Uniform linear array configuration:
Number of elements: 8
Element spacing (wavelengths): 1
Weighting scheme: uniform
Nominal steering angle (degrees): -30
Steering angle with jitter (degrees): -31.783
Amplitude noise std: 0.05
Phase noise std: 0.05

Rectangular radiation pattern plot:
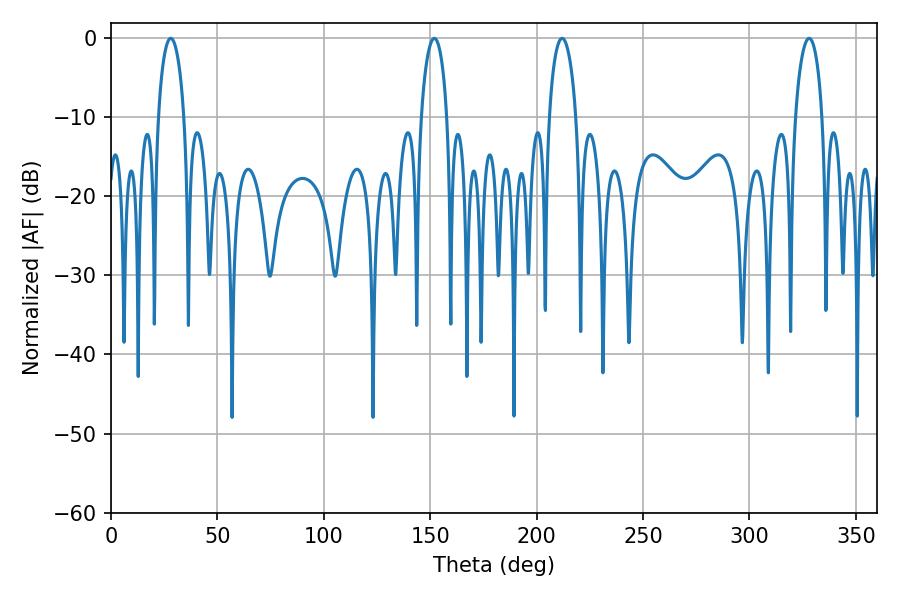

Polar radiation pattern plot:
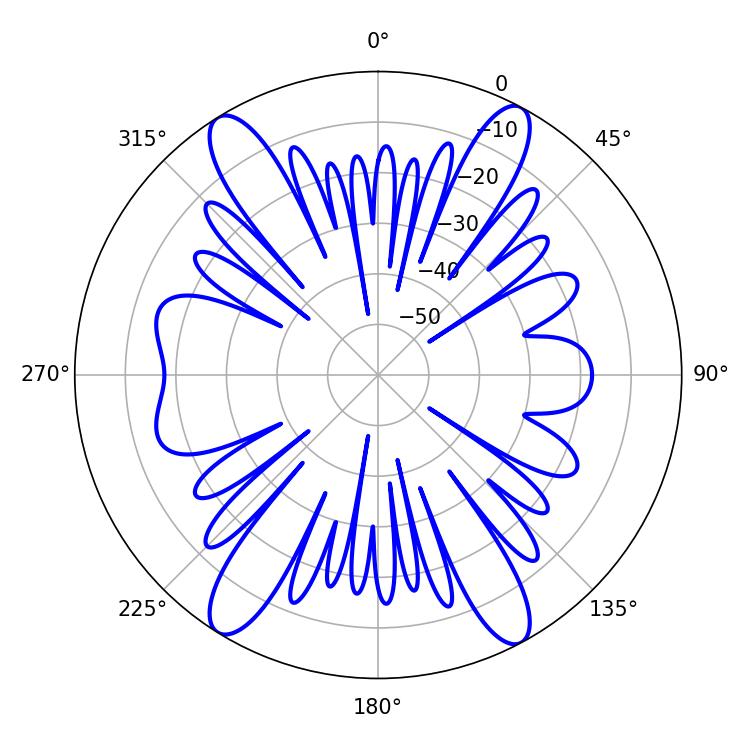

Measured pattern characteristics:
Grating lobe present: TRUE
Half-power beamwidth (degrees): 7.02
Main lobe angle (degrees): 28.08